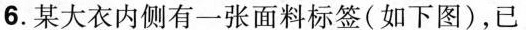
6.某大衣内侧有一张面料标签(如下图)，已